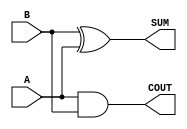
/*
 * Copyright 2020 The SkyWater PDK Authors
 *
 * Licensed under the Apache License, Version 2.0 (the "License");
 * you may not use this file except in compliance with the License.
 * You may obtain a copy of the License at
 *
 *     https://www.apache.org/licenses/LICENSE-2.0
 *
 * Unless required by applicable law or agreed to in writing, software
 * distributed under the License is distributed on an "AS IS" BASIS,
 * WITHOUT WARRANTIES OR CONDITIONS OF ANY KIND, either express or implied.
 * See the License for the specific language governing permissions and
 * limitations under the License.
 *
 * SPDX-License-Identifier: Apache-2.0
*/


`ifndef SKY130_FD_SC_HD__HA_BEHAVIORAL_V
`define SKY130_FD_SC_HD__HA_BEHAVIORAL_V

/**
 * ha: Half adder.
 *
 * Verilog simulation functional model.
 */

`timescale 1ns / 1ps
`default_nettype none

`celldefine
module sky130_fd_sc_hd__ha (
    COUT,
    SUM ,
    A   ,
    B
);

    // Module ports
    output COUT;
    output SUM ;
    input  A   ;
    input  B   ;

    // Module supplies
    supply1 VPWR;
    supply0 VGND;
    supply1 VPB ;
    supply0 VNB ;

    // Local signals
    wire and0_out_COUT;
    wire xor0_out_SUM ;

    //  Name  Output         Other arguments
    and and0 (and0_out_COUT, A, B           );
    buf buf0 (COUT         , and0_out_COUT  );
    xor xor0 (xor0_out_SUM , B, A           );
    buf buf1 (SUM          , xor0_out_SUM   );

endmodule
`endcelldefine

`default_nettype wire
`endif  // SKY130_FD_SC_HD__HA_BEHAVIORAL_V